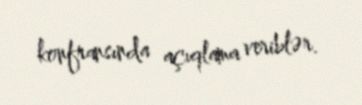
konfransında açıqlama veriblər.